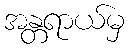
အန္တရာယ်မှ